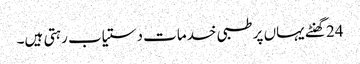
24 گھنٹے یہاں پر طبی خدمات دستیاب رہتی ہیں۔